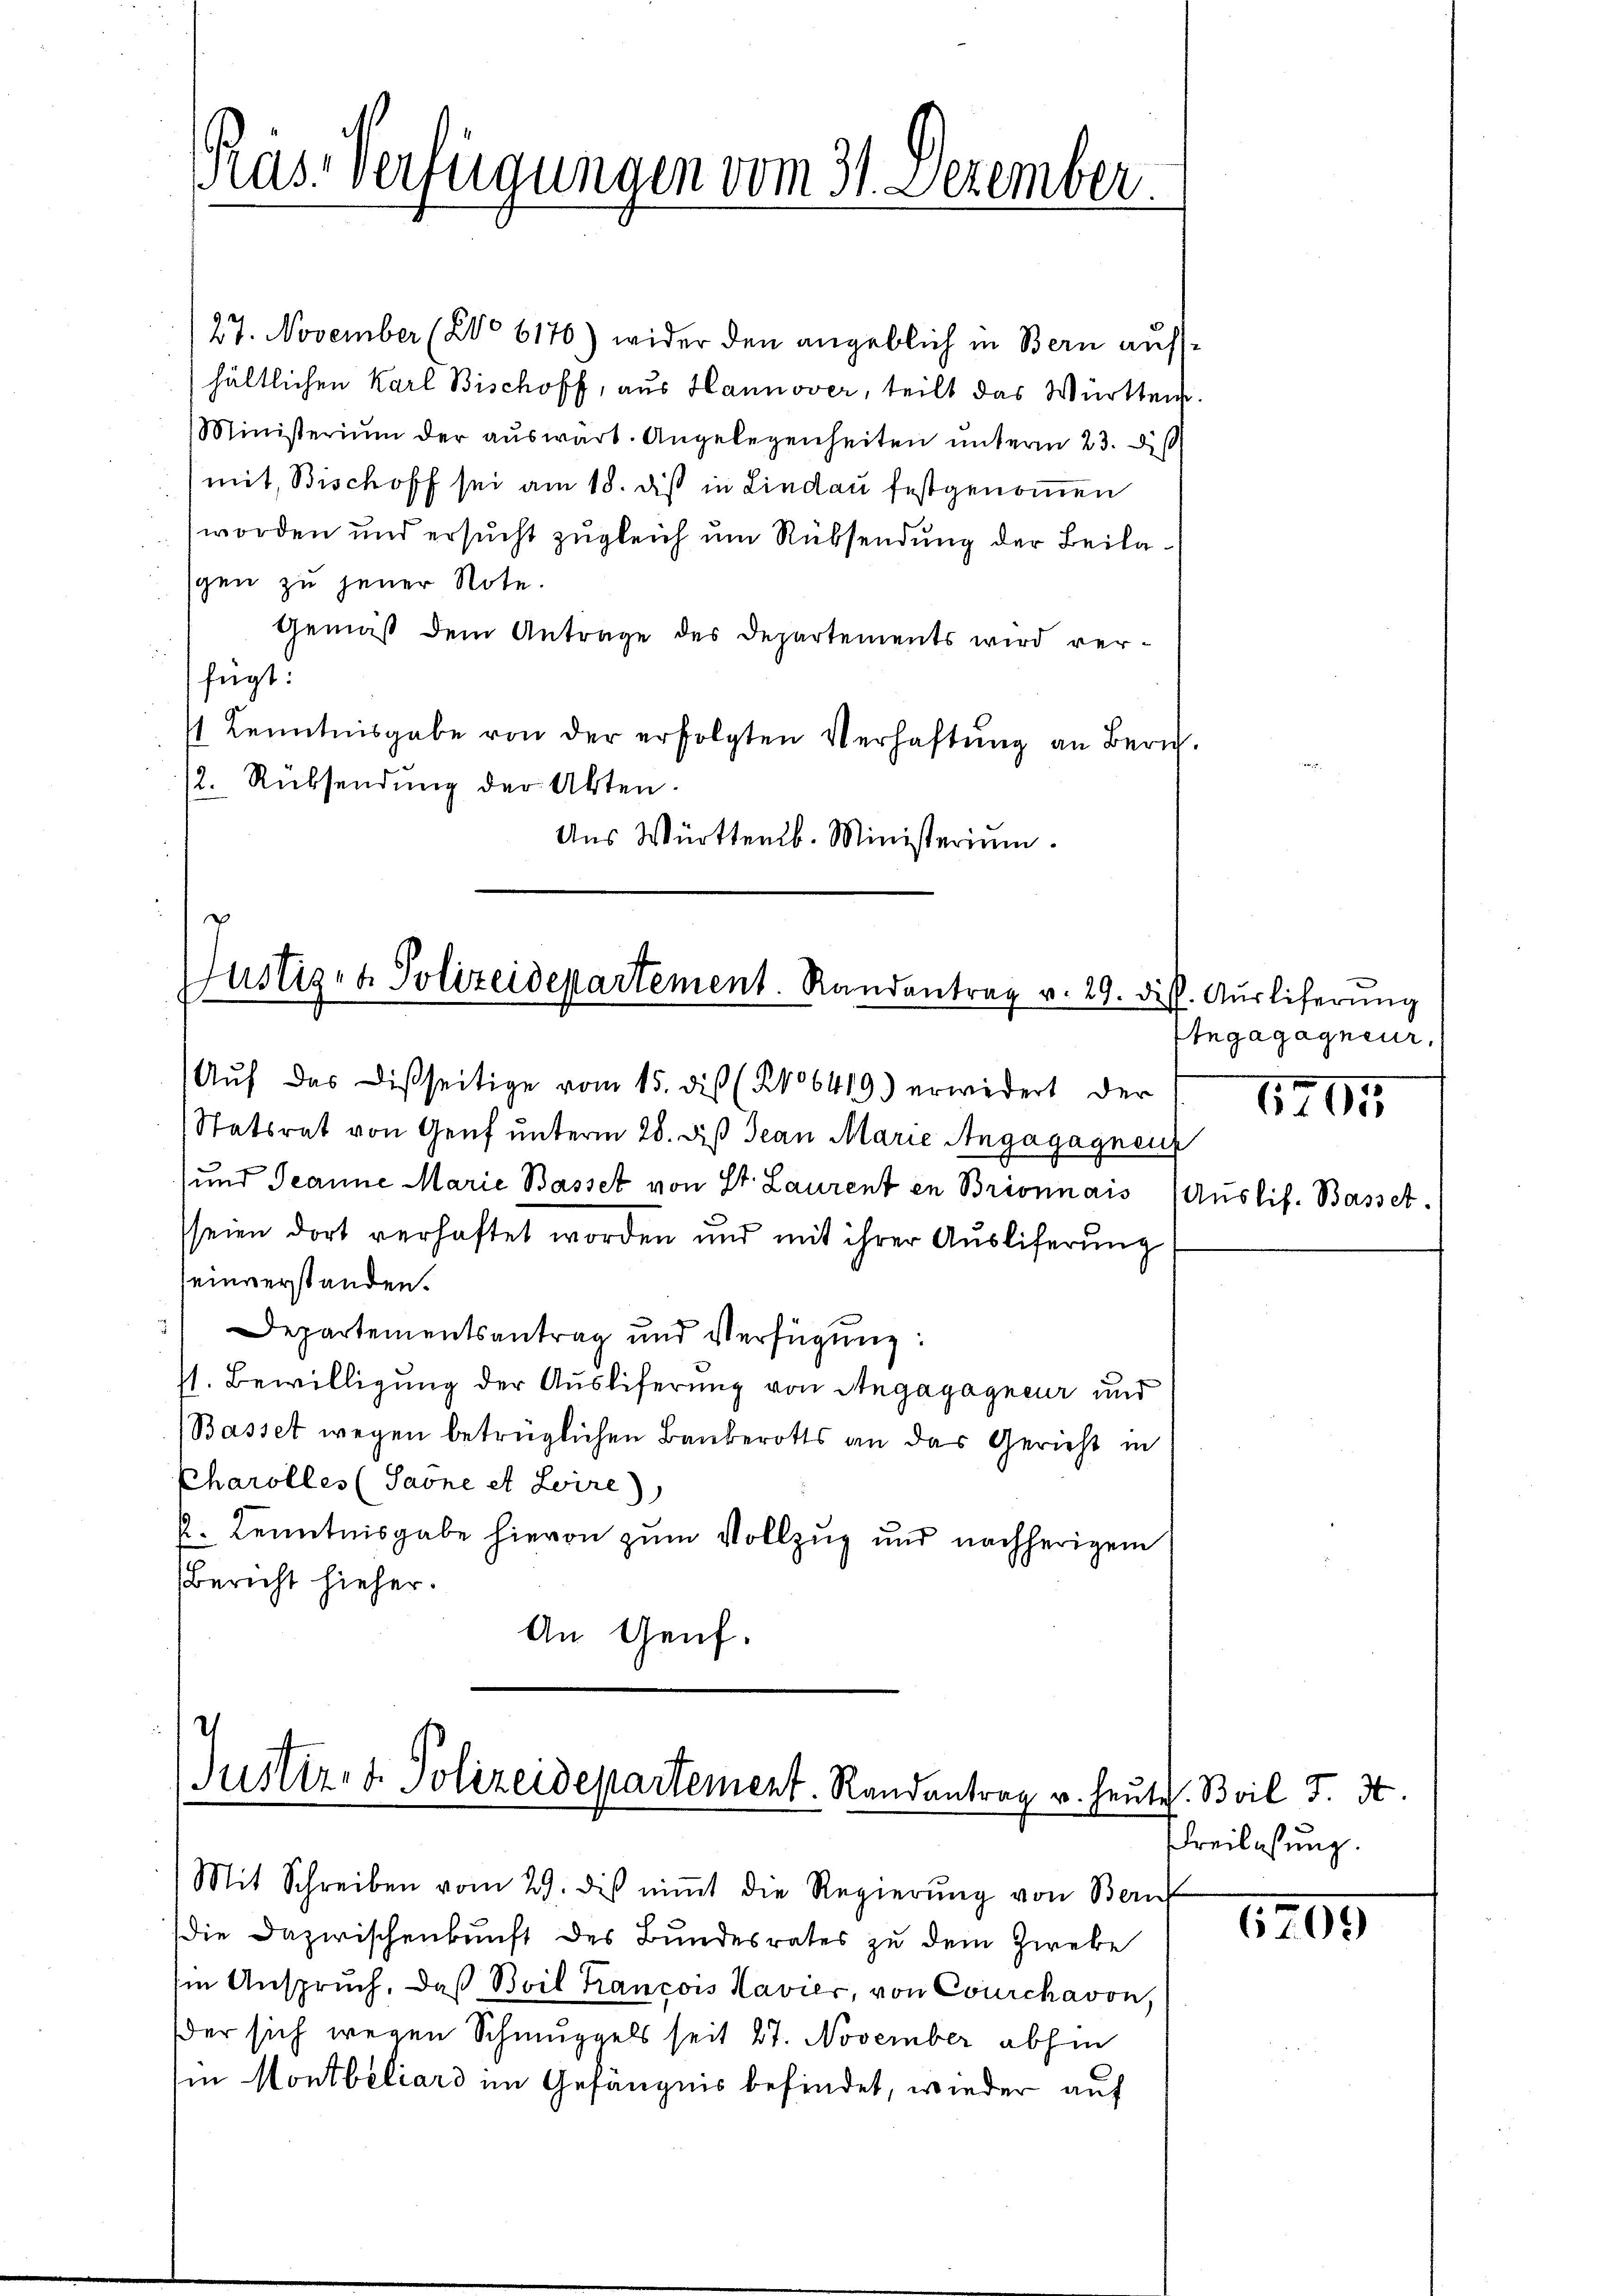
Räs-Verfügungen vom 31. Dezember

27. November (2o 6176) wider den angeblich in Bern aufhältlichen Karl Bischoff, aus Hannover, teilt das Württens
Ministerium der aŭswärt. Angelegenheiten ŭnterm 23. d.
mit, Bischoff sei am 18. dieß in Lindau festgenommen
worden und ersucht zugleich um Rüksendung der Beilagen zu jener Note.
Gemäß dem Antrage des Departements wird verfügt.
 Kenntnisgabe von der erfolgten Verhaftŭng an Bern.
2. Rübsendung der Akten.
Aus Württemb. Ministerium.

.
Justiz- & Polizeidepartement. Randantrag v. 29. di
Auf das Disseitige vom 15. dis (206419) erwidert der

Statsrat von Genf unterm 28. diβ Jean Marie Angagagnenz
und Jeanne Marie Basset von St. Laurenten Brionnais (Auslif. Basset.
seien dort verhaftet worden und mit ihrer Auslieferung
einverstanden.
) Departementsantrag und Verfügŭng:
st. Bewilligung der Auslieferung von Angagagneur und
Basset wegen betrüglichen Bankerotts an das Gericht in
Charolles (Saone et Leire)
k. Kenntnisgabe hievon zum Vollzug und nachherigem
Bericht hieher.
An Genf.

Justiz- & Polizeidepartement. Randantrag u. heut

Mit Schreiben vom 29. dis niṁt die Regierŭng von Bern
die Dazwischenkunft des Bundesrates zu dem Zweke
Ein Anspruch, daß Boil Krancois Havier, von Courchavon,
der sich wegen Schmuggels seit 27. November abhin
in Montbeliard im Gefängnis befindet, wieder auf

f. Auslieferung
Engagagneur,
1295

E. Boil 7. d.
Freilassung.

1299